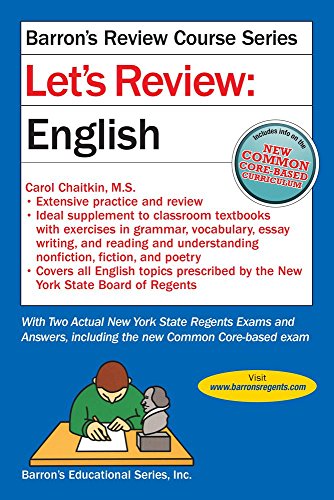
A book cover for Let's Review English (Let's Review Series); Carol Chaitkin M.S.; Test Preparation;